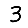
Digit: 3